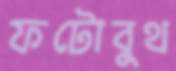
ফটোবুথ